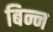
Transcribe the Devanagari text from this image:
बिन्न